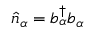
{ \hat { n } } _ { \alpha } = b _ { \alpha } ^ { \dagger } b _ { \alpha }